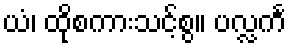
ယံ၊ ထိုစကားသင့်စွ။ ပလ္လင်္က